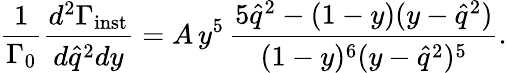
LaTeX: \displaystyle{\frac{1}{\Gamma_{0}}}{\frac{d^{2}\Gamma_{\mathrm{inst}}}{d\hat{q}^{2}dy}}=A\, y^{5}\, {\frac{5\hat{q}^{2}-(1-y)(y-\hat{q}^{2})}{(1-y)^{6}(y-\hat{q}^{2})^{5}}}.